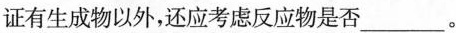
证有生成物以外，还应考虑反应物是否___。